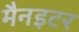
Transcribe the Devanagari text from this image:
मैनइटर